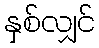
နှစ်လျှင်